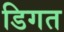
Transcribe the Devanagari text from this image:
डिगत